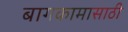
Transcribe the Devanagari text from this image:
बागकामासाठी